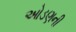
ઓડણની